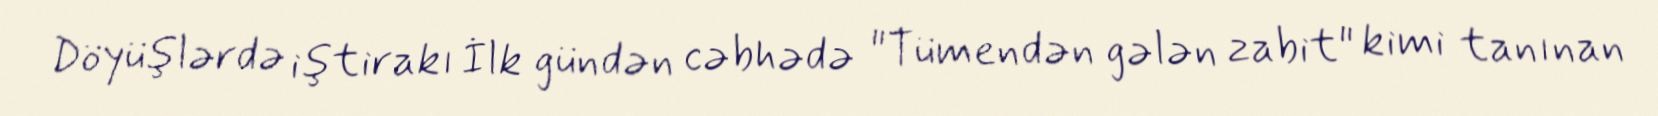
Döyüşlərdə iştirakı İlk gündən cəbhədə "Tümendən gələn zabit" kimi tanınan